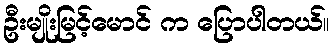
ဦးမျိုးမြင့်မောင် က ပြောပါတယ်။